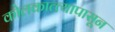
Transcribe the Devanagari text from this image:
कोलकात्त्यापासून